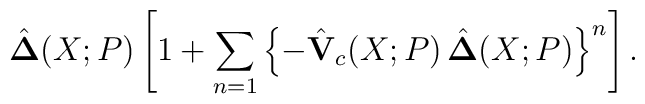
\hat{\bf \Delta} (X; P) \left[ 1 + \sum_{n = 1} \left\{ - \hat{\bf V}_c (X; P) \, \hat{\bf \Delta} (X; P) \right\}^n \right] .